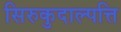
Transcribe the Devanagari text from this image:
सिरुकुदाल्पत्ति